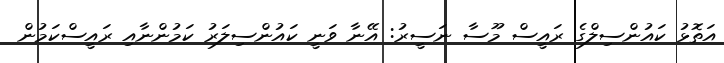
އަތޮޅު ކައުންސިލްގެ ރައީސް މޫސާ ނަސީރު: އޭނާ ވަނީ ކައުންސިލަރު ކަމުންނާއި ރައީސްކަމުން